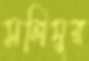
সলিমুর